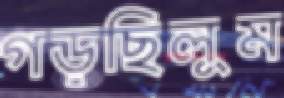
গড়ছিলুম